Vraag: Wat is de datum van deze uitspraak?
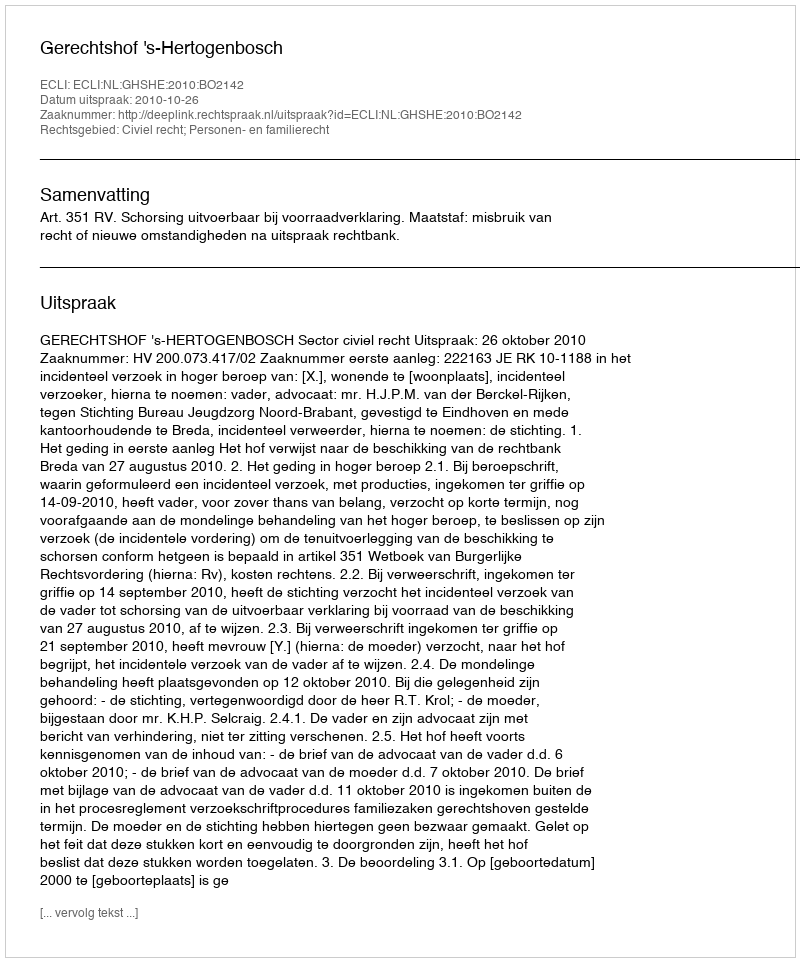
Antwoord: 2010-10-26